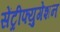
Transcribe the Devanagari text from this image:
सेंट्रीफ्युगेशन